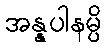
အန္နပါနမ္ပိ